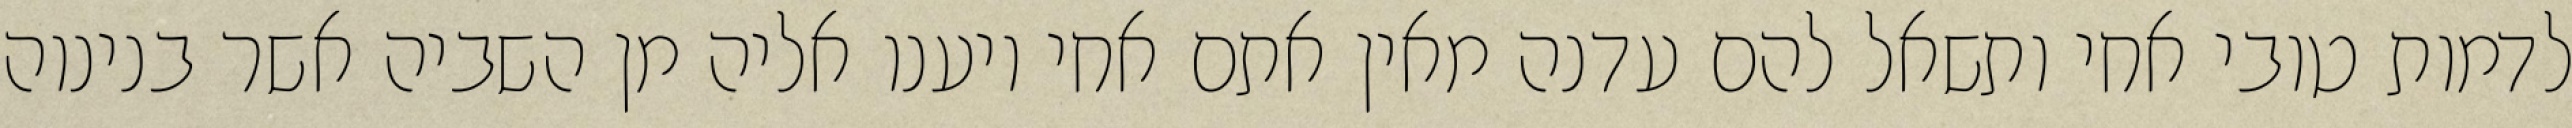
לדמות טובי אחי ותשאל להם עדנה מאין אתם אחי ויענו אליה מן השביה אשר בנינוה